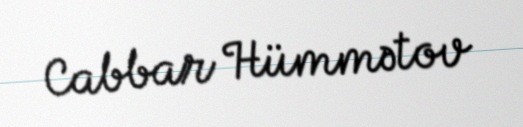
Cabbar Hümmətov